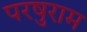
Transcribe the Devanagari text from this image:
परषुराम